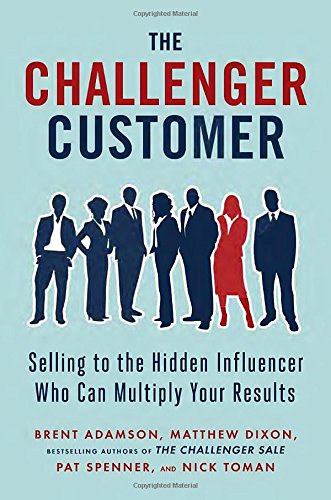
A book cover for The Challenger Customer: Selling to the Hidden Influencer Who Can Multiply Your Results; Brent Adamson; Business & Money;